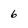
Character: 6